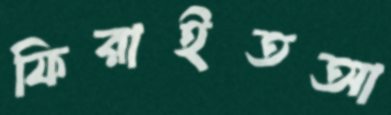
ফিরাইতআ